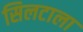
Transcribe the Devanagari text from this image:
सिलटाला